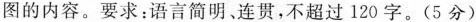
图的内容。要求：语言简明，连贯，不超过120字。(5分)